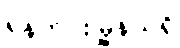
ရန်ကင်းမြို့နယ်ရှိ